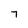
Character: 7